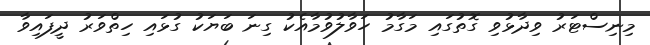
މިނިސްޓަރު ވިދާޅުވި ގޮތުގައި މަގާމު ހަވާލުވުމާއެކު ގިނަ ބަޔަކު ގުޅައި ހިތްވަރު ދީފައިވާ